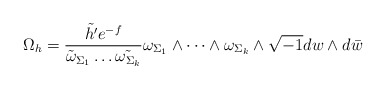
\begin{align*}\Omega_{h}=\frac{\tilde{h'}e^{-f}}{\tilde{\omega}_{\Sigma_{1}}\dots\tilde{\omega_{\Sigma_{k}}}}\omega_{\Sigma_{1}}\wedge\dots\wedge\omega_{\Sigma_{k}}\wedge \sqrt{-1}dw\wedge d\bar{w}\end{align*}